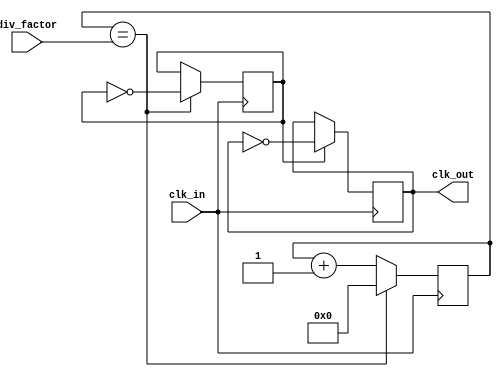
module DualModulusClockDivider (
    input wire clk_in,
    input wire [7:0] div_factor,
    output reg clk_out
);

reg [7:0] counter;
reg toggle;

always @(posedge clk_in) begin
    if (counter == div_factor) begin
        toggle <= ~toggle;
        counter <= 0;
    end else begin
        counter <= counter + 1;
    end
end

always @(posedge clk_in) begin
    if (toggle) begin
        clk_out <= ~clk_out;
    end
end

endmodule